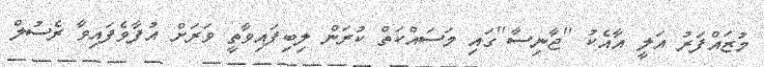
މުޒައްފަރު އަލީ އާއެކު ''ޖާނިސާ''ގައި މަސައްކަތް ކުރަން ލިބިފައިވާތީ ވަރަށް އުފާވެފައިވާ ރެސުލް